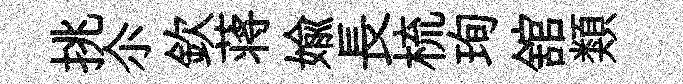
挑尒欽蒋媮長梳珣舘類